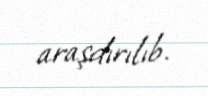
araşdırılıb.